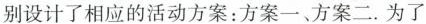
别设计了相应的活动方案：方案一、方案二.为了